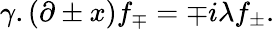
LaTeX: \gamma.(\partial\pm x)f_{\mp}=\mp i\lambda f_{\pm}.